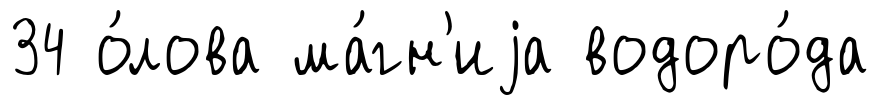
34 о́лова ма́гн'иjа водоро́да